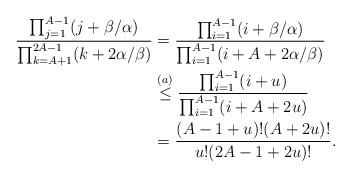
LaTeX: \begin{align*}\frac{\prod_{j=1}^{A-1} (j+ \beta/\alpha)}{\prod_{k = A+1}^{2A-1} (k + 2\alpha/\beta)} &= \frac{\prod_{i=1}^{A-1} (i+ \beta/\alpha)}{\prod_{i =1}^{A-1} (i + A + 2\alpha/\beta)}\\&\stackrel{(a)}\leq \frac{\prod_{i=1}^{A-1} (i+ u)}{\prod_{i =1}^{A-1} (i + A + 2u)}\\&= \frac{(A-1+ u)! (A+2u)!}{u!(2A-1+2u)!}.\end{align*}